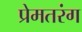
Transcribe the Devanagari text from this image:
प्रेमतरंग